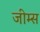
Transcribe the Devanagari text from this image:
जीम्स